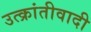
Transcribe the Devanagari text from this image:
उत्क्रांतीवादी